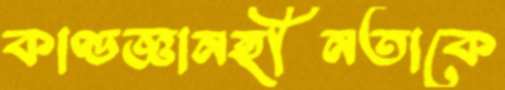
কাণ্ডজ্ঞানহীনতাকে